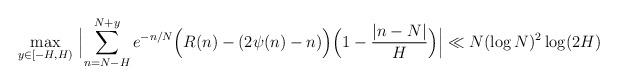
LaTeX: \begin{align*}\max_{y \in [-H, H)}\ \Bigl\vert\sum_{n=N-H}^{N+y} e^{-n/N}\Bigl(R(n) - (2\psi(n)-n)\Bigr)\Bigl(1- \frac{\vert n- N \vert}{H}\Bigr)\Bigr\vert\ll N (\log N )^2 \log (2H)\end{align*}